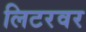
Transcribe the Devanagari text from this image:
लिटरवर